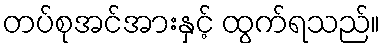
တပ်စုအင်အားနှင့် ထွက်ရသည်။